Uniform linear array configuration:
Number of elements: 12
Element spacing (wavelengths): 0.5
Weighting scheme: uniform
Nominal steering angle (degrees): -30
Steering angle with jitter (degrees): -31.937
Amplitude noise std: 0.05
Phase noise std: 0.05

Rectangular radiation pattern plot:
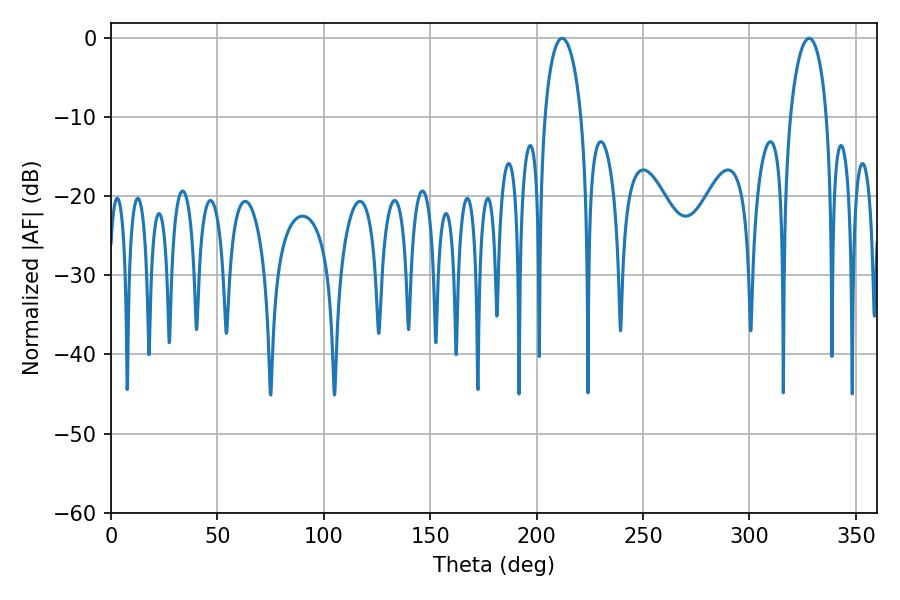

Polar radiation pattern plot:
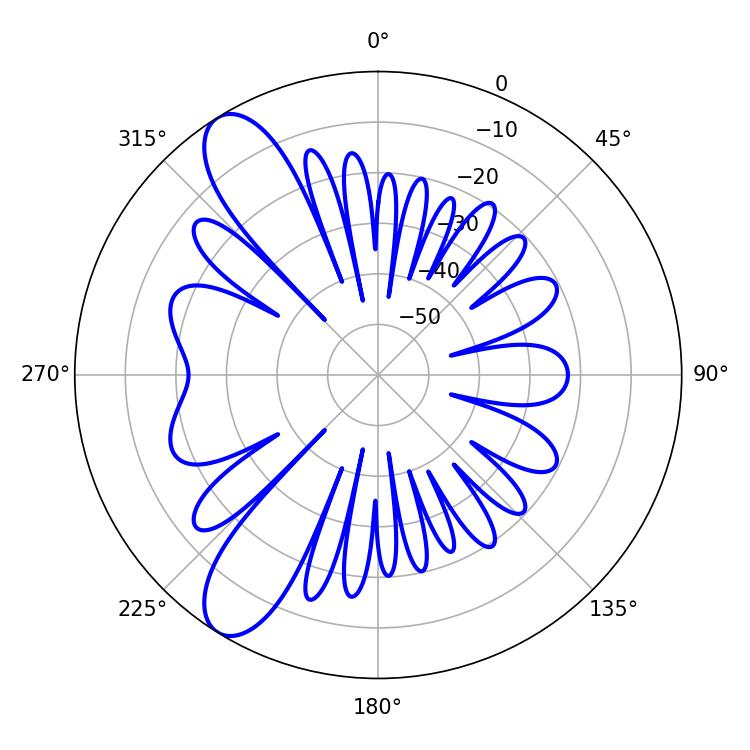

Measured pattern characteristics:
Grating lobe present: FALSE
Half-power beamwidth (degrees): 9.9
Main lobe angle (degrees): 212.04